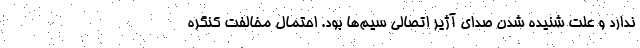
ندارد و علت شنیده شدن صدای آژیر اتصالی سیم‌ها بود. احتمال مخالفت کنگره